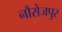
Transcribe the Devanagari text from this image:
नौरोजपुर